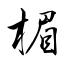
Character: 楣